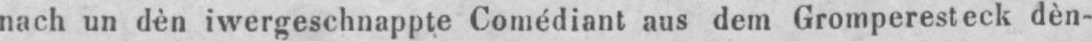
nach un dèn iwergeschnappte Comédiant aus dem Gromperesteck dèn-